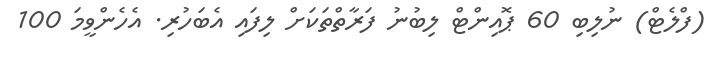
(ފްލެޓް) ނުލިބި 60 ޕޮއިންޓް ލިބުނު ފަރާތްތަކަށް ލިފައި އެބަހުރި. އެހެންވީމަ 100